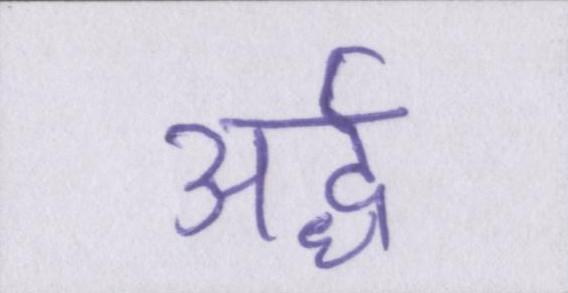
अर्द्ध